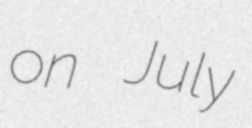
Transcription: on July